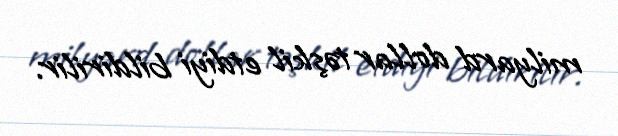
milyard dollar təşkil etdiyi bildirilir.